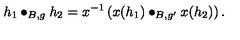
h _ { 1 } \bullet _ { B , g } h _ { 2 } = x ^ { - 1 } \left( x ( h _ { 1 } ) \bullet _ { B , g ^ { \prime } } x ( h _ { 2 } ) \right) .